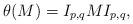
LaTeX: \begin{align*}\theta(M)=I_{p,q}M I_{p,q},\end{align*}